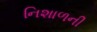
નિશાળની